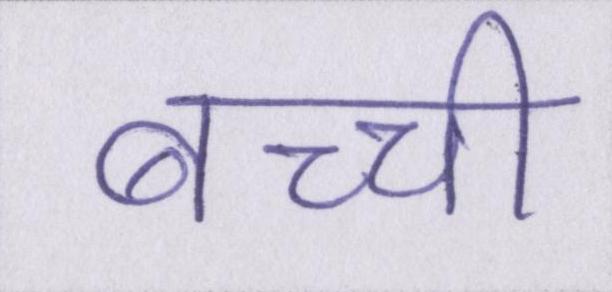
बच्ची